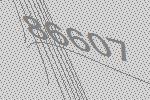
86607